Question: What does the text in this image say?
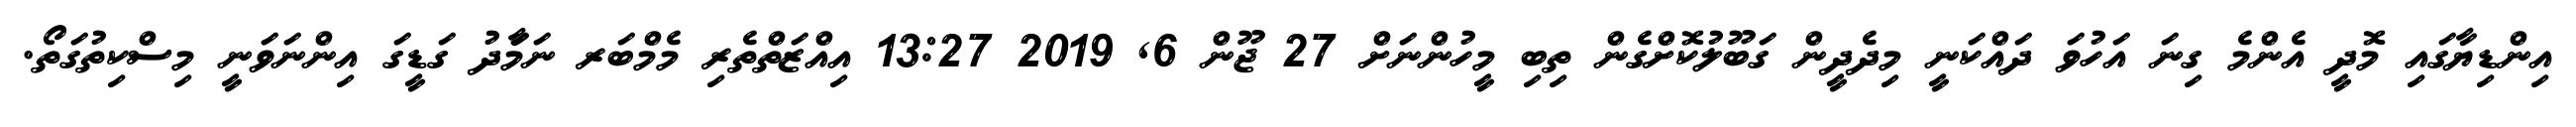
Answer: އިންޑިޔާގައި މޮދީ އެންމެ ގިނަ އަހުވަ ދައްކަނީ މިދެދީން ގަބޫލުކޮށްގެން ތިބި މީހުންނަށް 27 ޖޫން 6, 2019 13:27 އިއްޒަތްތެރި މެމްބަރ ނަމަާދު ގަޑީގަ އިންނަވަނީ މިސްކިތުގަތޯ.